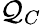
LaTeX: \mathcal{Q}_{C}